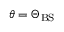
\theta = \Theta _ { \mathrm { B S } }